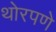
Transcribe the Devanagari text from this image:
थोरपणे